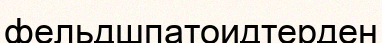
фельдшпатоидтерден